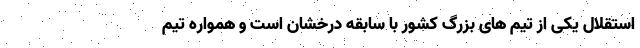
استقلال یکی از تیم های بزرگ کشور با سابقه درخشان است و همواره تیم